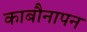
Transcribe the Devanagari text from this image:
काबौनापन